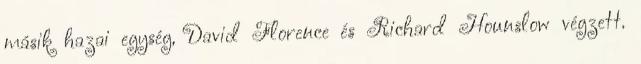
másik hazai egység, David Florence és Richard Hounslow végzett.